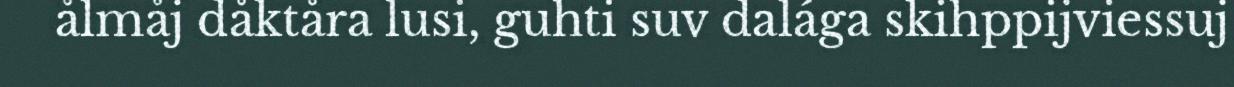
ålmåj dåktåra lusi, guhti suv dalága skihppijviessuj